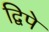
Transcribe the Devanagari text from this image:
द्विपे